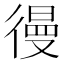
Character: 𰐷